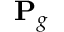
{ \mathbf { P } } _ { g }